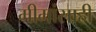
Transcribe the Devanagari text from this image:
मीमांसाही